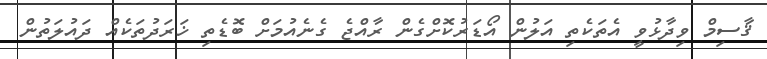
ޤާސިމް ވިދާޅުވީ އެތަކެތި އަލުން އޯޑަރުކޮށްގެން ރާއްޖެ ގެނެއުމަށް ބޮޑެތި ޚަރަދުތަކެއް ދައުލަތުން